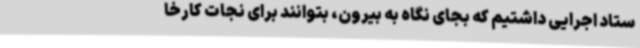
ستاد اجرایی داشتیم که بجای نگاه به بیرون، بتوانند برای نجات کارخا